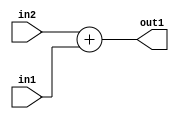
`timescale 1ps / 1ps
/*****************************************************************************
    Verilog RTL Description
    
    
    Created by: Stratus DpOpt 21.05.01 
*******************************************************************************/

module Filter_Add_5Ux4U_5U_4 (
	in2,
	in1,
	out1
	); /* architecture "behavioural" */ 
input [4:0] in2;
input [3:0] in1;
output [4:0] out1;
wire [4:0] asc001;

assign asc001 = 
	+(in2)
	+(in1);

assign out1 = asc001;
endmodule

/* CADENCE  urnzQw4= : u9/ySxbfrwZIxEzHVQQV8Q== ** DO NOT EDIT THIS LINE ******/